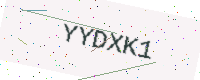
Text: YYDXK1